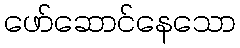
ဖော်ဆောင်နေသော